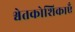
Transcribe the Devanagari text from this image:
श्वेतकोशिकाएँ